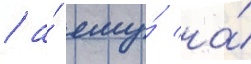
/ а́ ему́ на́